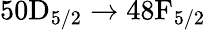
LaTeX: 50\mathrm{D}_{5/2}\rightarrow 48\mathrm{F}_{5/2}